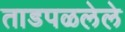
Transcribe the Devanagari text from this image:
ताडपळलेले